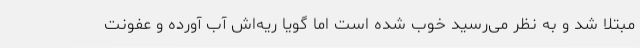
مبتلا شد و به نظر می‌رسید خوب شده است اما گویا ریه‌اش آب آورده و عفونت